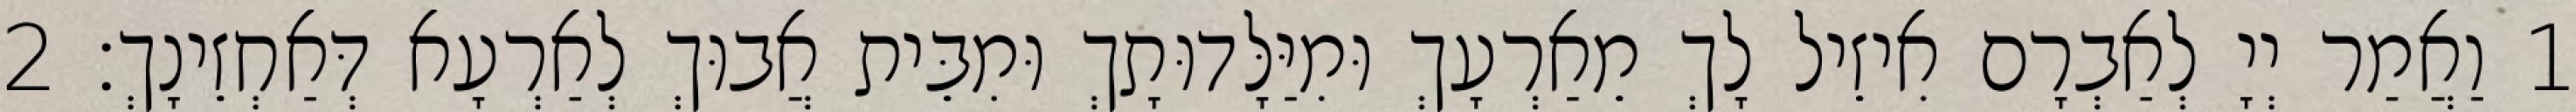
1 וַאֲמַר יְיָ לְאַבְרָם אִיזֵיל לָךְ מֵאַרְעָךְ וּמִיַּלָּדוּתָךְ וּמִבֵּית אֲבוּךְ לְאַרְעָא דְּאַחְזֵינָךְ׃ 2